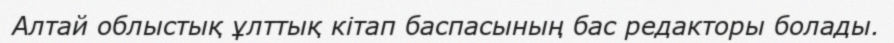
Алтай облыстық ұлттық кітап баспасының бас редакторы болады.